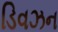
ડિવઝન